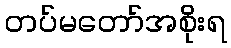
တပ်မတော်အစိုးရ